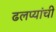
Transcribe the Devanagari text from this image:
ढलप्यांची